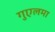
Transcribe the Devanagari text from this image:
गुएलमा